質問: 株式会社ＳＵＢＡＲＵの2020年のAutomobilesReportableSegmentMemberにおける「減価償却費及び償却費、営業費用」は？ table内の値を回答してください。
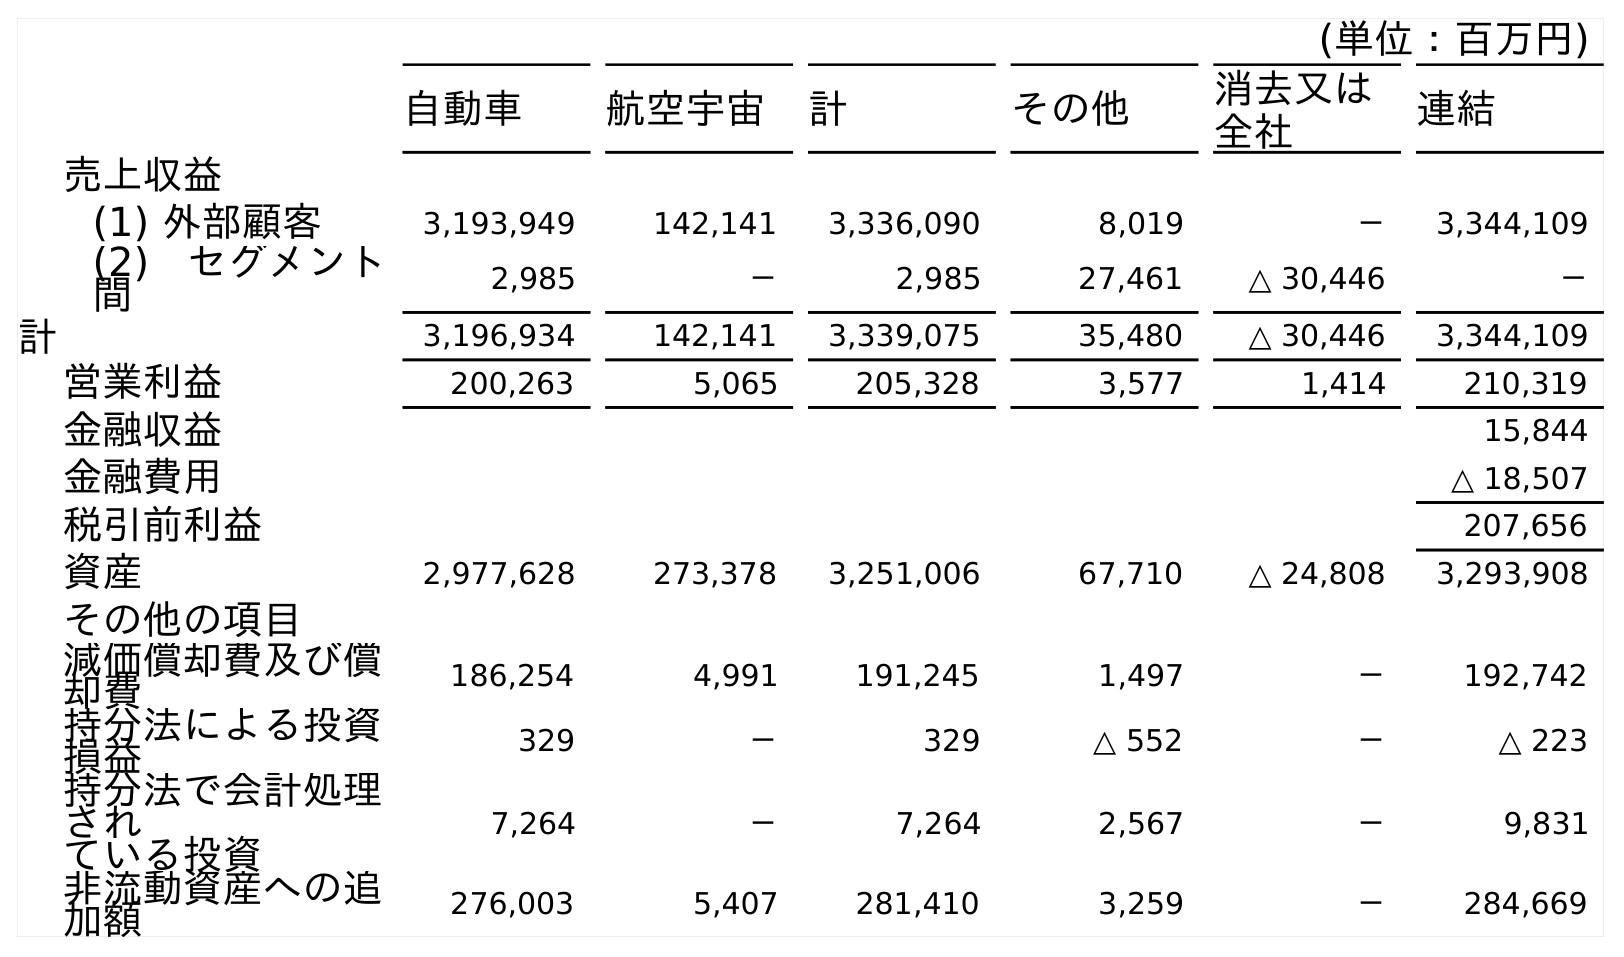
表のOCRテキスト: (単位：百万円) 自動車 航空宇宙 計 その他 消去又は 全社 連結 売上収益 (1) 外部顧客 3,193,949 142,141 3,336,090 8,019 － 3,344,109 (2) セグメント 間 2,985 － 2,985 27,461 △ 30,446 － 計 3,196,934 142,141 3,339,075 35,480 △ 30,446 3,344,109 営業利益 200,263 5,065 205,328 3,577 1,414 210,319 金融収益 15,844 金融費用 △ 18,507 税引前利益 207,656 資産 2,977,628 273,378 3,251,006 67,710 △ 24,808 3,293,908 その他の項目 減価償却費及び償 却費 186,254 4,991 191,245 1,497 － 192,742 持分法による投資 損益 329 － 329 △ 552 － △ 223 持分法で会計処理 され ている投資 7,264 － 7,264 2,567 － 9,831 非流動資産への追 加額 276,003 5,407 281,410 3,259 － 284,669
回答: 186,254